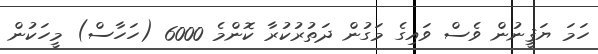
ހަމަ ޔަޤީނުން ވެސް ވައިގެ މަގުން ދަތުރުކުރާ ކޮންމެ 6000 (ހަހާސް) މީހަކުން